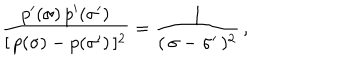
LaTeX: \frac { p ^ { \prime } ( \sigma ) \, p ^ { \prime } ( \sigma ^ { \prime } ) } { [ \, p ( \sigma ) - p ( \sigma ^ { \prime } ) \, ] ^ { 2 } } = \frac { 1 } { ( \, \sigma - \sigma ^ { \prime } \, ) ^ { 2 } } \, ,